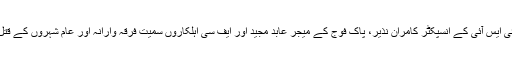
دہشت گرد بلوچستان پولیس کے ڈی آئی جی فیاض سنبل ، اے ایس آئی رضاخان، کوئٹہ میں آئی ایس آئی کے انسپکٹر کامران نذیر، پاک فوج کے میجر عابد مجید اور ایف سی اہلکاروں سمیت فرقہ وارانہ اور عام شہروں کے قتل میں ملوث ہیں جب کہ دہشت گرد اسکولوں اور شہری تنصیبات پر بھی حملے کر چکے ہیں۔